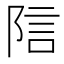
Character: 𬯂